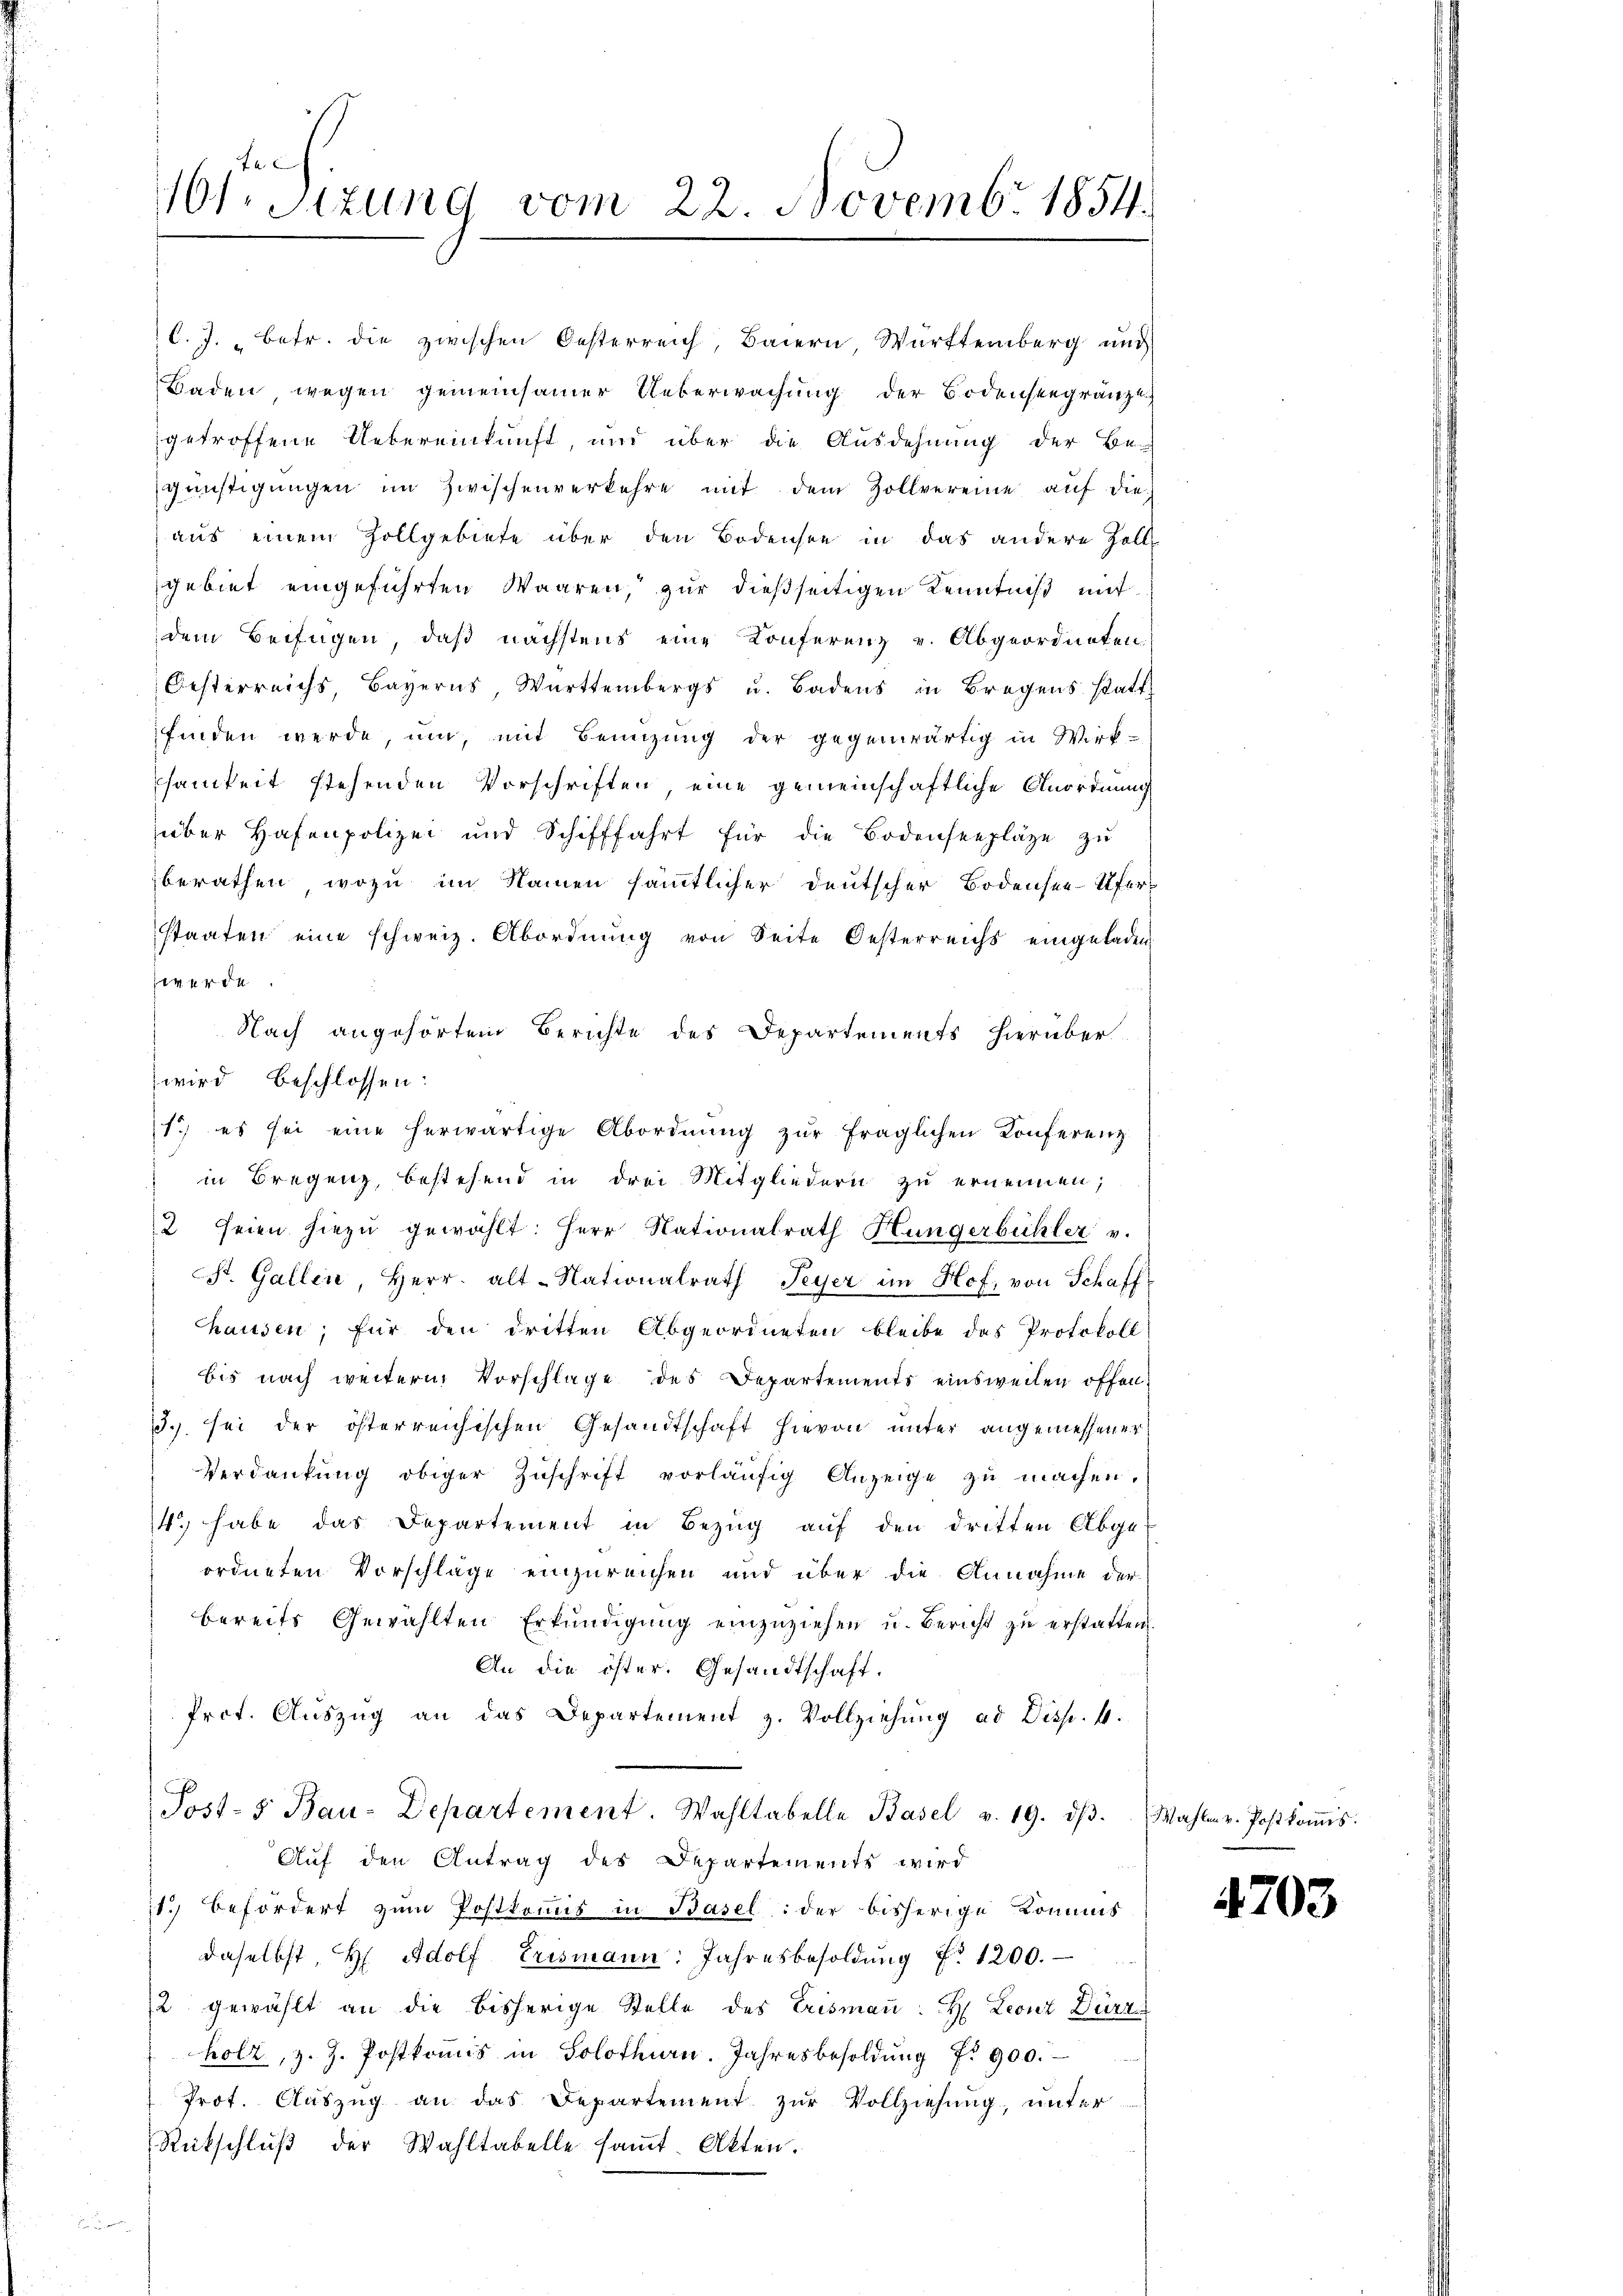
B

11. Sizung vom 22. Novembr 1854.

C. J. betr. die zwischen Oesterreich, Baiern, Württemberg und
Baden, wegen gemeinsamer Ueberwachung der Bodenseegränze
getroffene Uebereinkunft, und über die Ausdehnung der Be-
günstigŭngen im Zwischenverkehre mit dem Zollvereine aŭf die
aus einem Zollgebiete über den Bodensee in das andere Zell
gebiet eingeführten Waaren, zur dießseitigen Kenntniß mit
dem Beifügen, daß nächstens eine Konferenz v. Abgeordneten
Oesterreichs, Bayerns, Württembergs u. Badens in Bregens statt
finden werde, um, mit Benützŭng der gegenwärtig in Wirk-
samkeit stehenden Vorschriften, eine gemeinschaftliche Anordnung
über Hafenpolizei und Schifffahrt für die Bodenseepläge zŭ
berathen, wozu im Namen sämmtlicher deutscher Bodensee Ufer-
staaten eine schweiz. Abordnŭng von Seite Oesterreichs eingeladen
werde.
Nach angehörtem Berichte des Departements hierüber
1) es sei eine herwärtige Abordnung zur fraglichen Konferenz
in Bregenz, bestehend in drei Mitgliedern zu ernennen;
2 seien hiezu gewählt: Herr Nationalrath Hungerbühler v.
St. Gallen, Herr. alt-Nationalrath Peyer im Hof, von Schaffhausen, für den dritten Abgeordneten bleibe das Protokoll
bis nach weitern Vorschlage des Departements einsweilen offen
3. sei der österreichischen Gesandtschaft hievon unter angemessener
Verdankŭng obiger Zŭschrift vorläŭfig Anzeige zu machen.
4. habe das Departement in Bezŭg aŭf den dritten Abge-
ordneten Vorschläge einzureichen und über die Annahme der
bereits Gewählten Erkundigung einzuziehen u. Bericht zu erstatten.
An die öster. Gesandtschaft.
Prct. Aŭszŭg an das Departement z. Vollziehŭng ad Disp. 4.
Post- Bau-Departement. Wahltabelle Basel v. 19. dβ. Wahlen v. Postkoṁis
Auf den Antrag des Departements wird
11.) Befördert zum Postkommis in Basel: der bisherige Kommis
daselbst, H. Adolf Erismann: Jahresbesoldŭng Nr. 1200.
/2 gewählt an die bisherige Stelle des Erisman. H. Leonz Dürz
holz, z. Z. Postkoṁis in Solothurn. Jahresbesoldŭng Nr. 900.
Prot. Aŭszŭg an das Departement zŭr Vollziehung, unter
Rückschluß der Wahltabelle saṁt Akten.

wird beschlossen:

4703